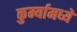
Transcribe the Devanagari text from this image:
कुर्म्यामध्ये